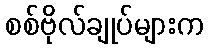
စစ်ဗိုလ်ချုပ်များက